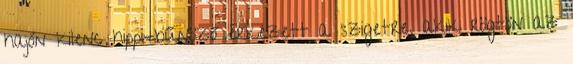
hajón kilenc hippi-bűnöző érkezett a szigetre, akik rögtön az